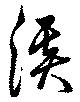
溪